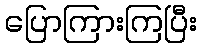
ပြောကြားကြပြီး